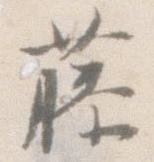
藤